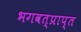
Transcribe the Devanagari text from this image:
भगवत्प्राप्त